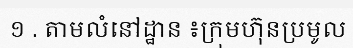
១ . តាមលំនៅដ្ឋាន ៖ក្រុមហ៊ុនប្រមូល